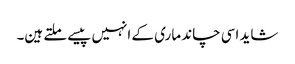
شاید اسی چاند ماری کے انہیں پیسے ملتے ہین۔